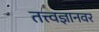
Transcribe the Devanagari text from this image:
तत्त्वज्ञानवर